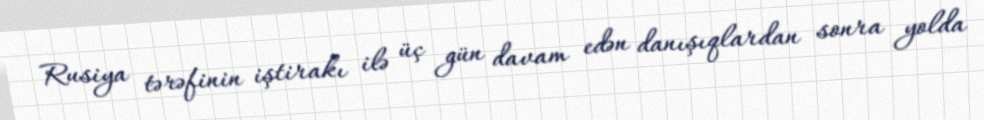
Rusiya tərəfinin iştirakı ilə üç gün davam edən danışıqlardan sonra yolda